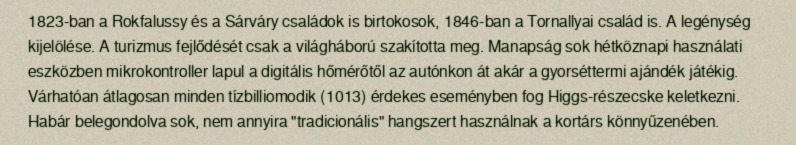
1823-ban a Rokfalussy és a Sárváry családok is birtokosok, 1846-ban a Tornallyai család is. A legénység kijelölése. A turizmus fejlődését csak a világháború szakította meg. Manapság sok hétköznapi használati eszközben mikrokontroller lapul a digitális hőmérőtől az autónkon át akár a gyorséttermi ajándék játékig. Várhatóan átlagosan minden tízbilliomodik (1013) érdekes eseményben fog Higgs-részecske keletkezni. Habár belegondolva sok, nem annyira "tradicionális" hangszert használnak a kortárs könnyűzenében.